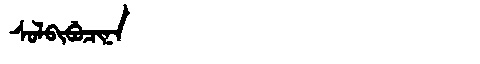
Manchu: ᠰᠣᠯᠪᡳᠪᡠᠴᡳᠨᠠ
Romanization: SOLBIBUCINA